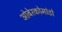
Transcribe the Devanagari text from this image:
ओबेरकोमांडो